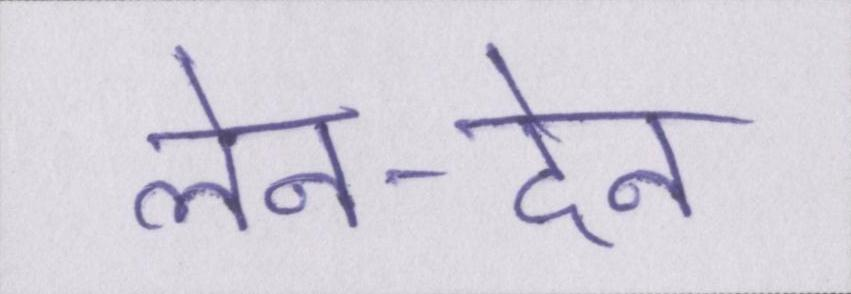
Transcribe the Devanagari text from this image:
लेन-देन